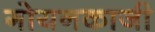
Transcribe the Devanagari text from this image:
गोयनकाजी